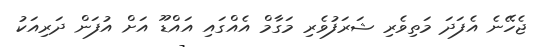
ޖެހޭނެ އެފަދަ މަތިވެރި ޝަރަފުވެރި މަގާމް އެއްގައި އައްޑޫ އަށް އުފަން ދަރިއަކު